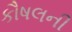
કૌષલની